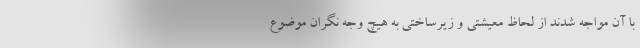
با آن مواجه شدند از لحاظ معیشتی و زیرساختی به هیچ وجه نگران موضوع